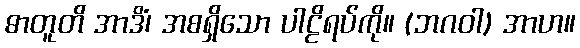
ဓာတူတိ အာဒိံ၊ အစရှိသော ပါဠိရပ်ကို။ (ဘဂဝါ) အာဟ။